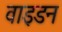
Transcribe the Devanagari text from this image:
वाइडन